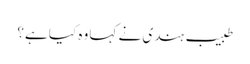
طبیب ہندی نے کہا وہ کیا ہے؟